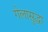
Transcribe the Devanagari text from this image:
गेलासुद्धा